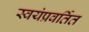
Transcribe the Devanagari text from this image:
स्वयंप्रवर्तित